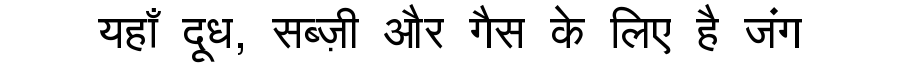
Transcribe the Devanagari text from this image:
यहाँ दूध, सब्ज़ी और गैस के लिए है जंग